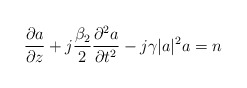
\begin{align*} \frac{\partial a}{\partial z} + j \frac{\beta_2}{2} \frac{\partial^2 a}{\partial t^2} - j \gamma |a|^2 a & = n \end{align*}